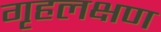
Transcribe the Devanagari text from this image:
गृहलक्षण